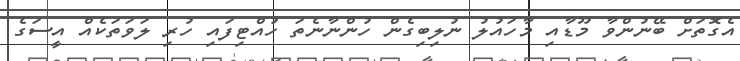
އެގޮތަށް ބޭނުންވާ މޫޑާއި މާހައުލު ނުލިބިގެން ހުންނާނެތަ ހުއްޓިފައި ހުރި ލަވަތަކެއް އީސަގެ